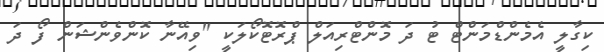
ކިގާލީ އެމެންޑްމަންޓް ޓު ދަ މޮންޓްރިއަލް ޕްރޮޓޮކޯލަކީ "ވިއޭނާ ކޮންވެންޝަން ފޯ ދަ